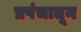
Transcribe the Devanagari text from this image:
प्रपंचातून